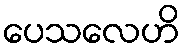
ပေသလေဟိ